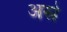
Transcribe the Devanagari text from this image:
अस्रे